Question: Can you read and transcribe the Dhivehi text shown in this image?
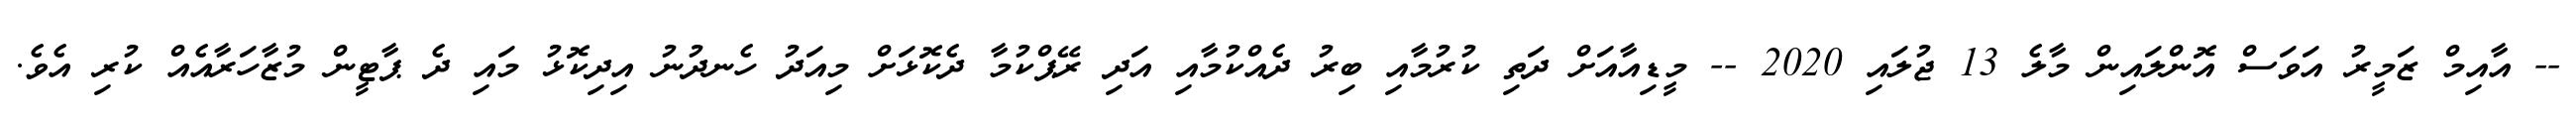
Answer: -- އާއިމް ޒަމީރު އަވަސް އޮންލައިން މާލެ 13 ޖުލައި 2020 -- މީޑިއާއަށް ދަތި ކުރުމާއި ބިރު ދެއްކުމާއި އަދި ރޭޕްކުމާ ދެކޮޅަށް މިއަދު ހެނދުނު އިދިކޮޅު މައި ދެ ޕާޓީން މުޒާހަރާއެއް ކުރި އެވެ.